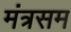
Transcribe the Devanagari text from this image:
मंत्रसम